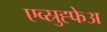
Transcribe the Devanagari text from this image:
एव्स्रुह्फेअ